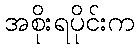
အစိုးရပိုင်းက